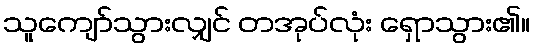
သူကျော်သွားလျှင် တအုပ်လုံး ရှောသွား၏။